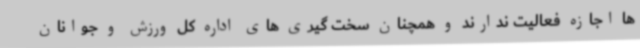
ها اجازه فعالیت ندارند و همچنان سخت گیری های اداره کل ورزش و جوانان